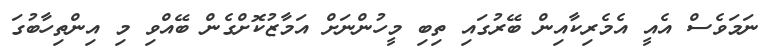
ނަމަވެސް އެއީ އެމެރިކާއިން ބޭރުގައި ތިބި މީހުންނަށް އަމާޒުކޮށްގެން ބޭއްވި މި އިންތިހާބުގަ